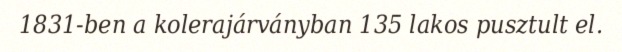
1831-ben a kolerajárványban 135 lakos pusztult el.